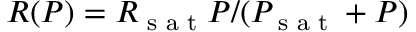
R ( P ) = R _ { \textrm { s a t } } P / ( P _ { \textrm { s a t } } + P )